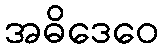
အဓိဒေဝေ